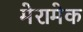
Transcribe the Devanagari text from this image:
मेरामेक